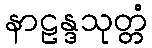
နာဠန္ဒသုတ္တံ